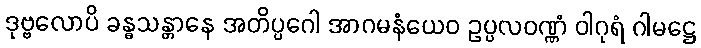
ဒုဗ္ဗလောပိ ခန္ဓသန္တာနေ အတိပ္ပဂေါ အာဂမနံယေဝ ဥပ္ပလဝဏ္ဏံ ဝါဂုရံ ဂါမဋ္ဌေ